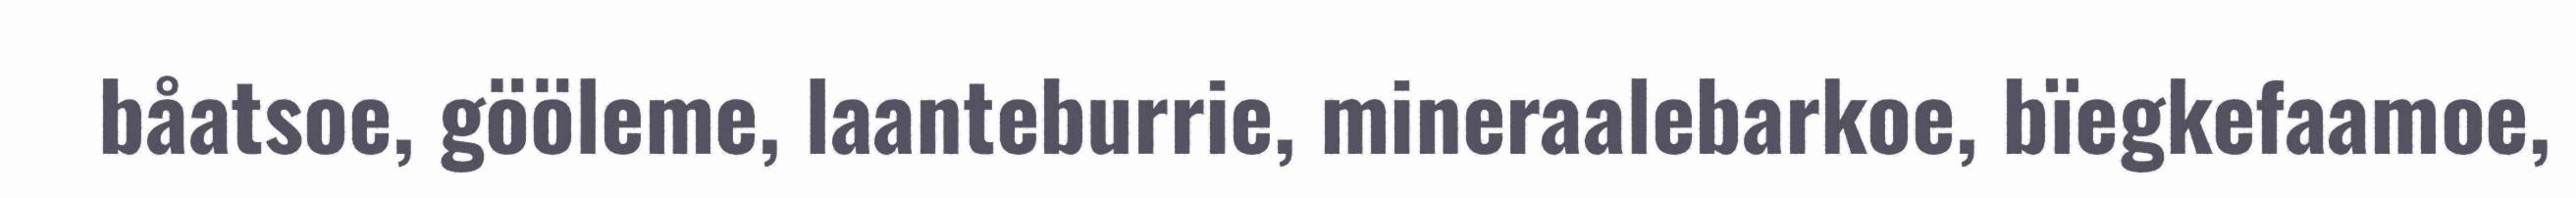
båatsoe, gööleme, laanteburrie, mineraalebarkoe, bïegkefaamoe,